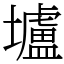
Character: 壚